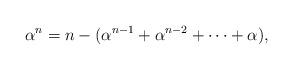
LaTeX: \begin{align*}\alpha^{n} =n-(\alpha^{n-1} + \alpha^{n-2} + \cdots + \alpha),\end{align*}